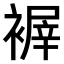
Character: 𧛺